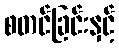
စတင်ခြင်းနှင့်